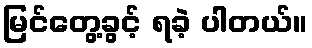
မြင်တွေ့ခွင့် ရခဲ့ ပါတယ်။